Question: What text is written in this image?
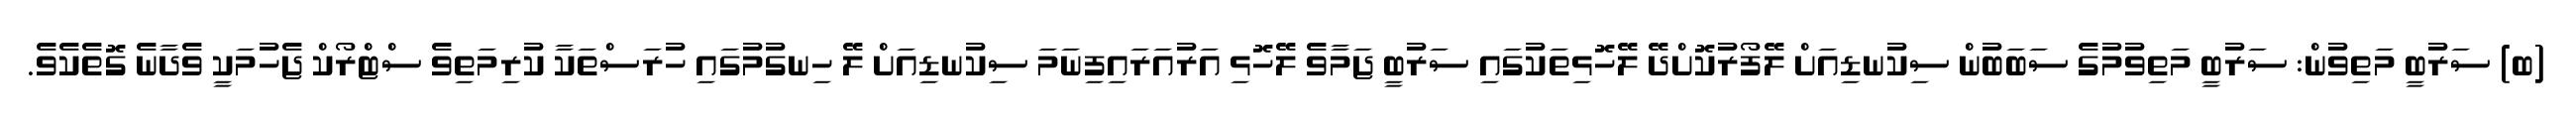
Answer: (ބ) ސަރުބީ މަތިވުން: ސަރުބީ މަތިވުމުގެ ސަބަބުން ސިކުނޑިއަށް ލޭފޯރުކޮށްދޭ ލޭހޮޅިތަކުގައި ސަރުބީ ޖަމާވެ ލޭހޮޅި އަރުއަރައިފިނަމަ ސިކުނޑިއަށް ލޭ ހިނގުމުގައި ހުރަސްތަކާ ކުރިމަތިވެ ސްޓްރޯކް ޖެހުމަކީ ވެދާނެ ގޮތެކެވެ.